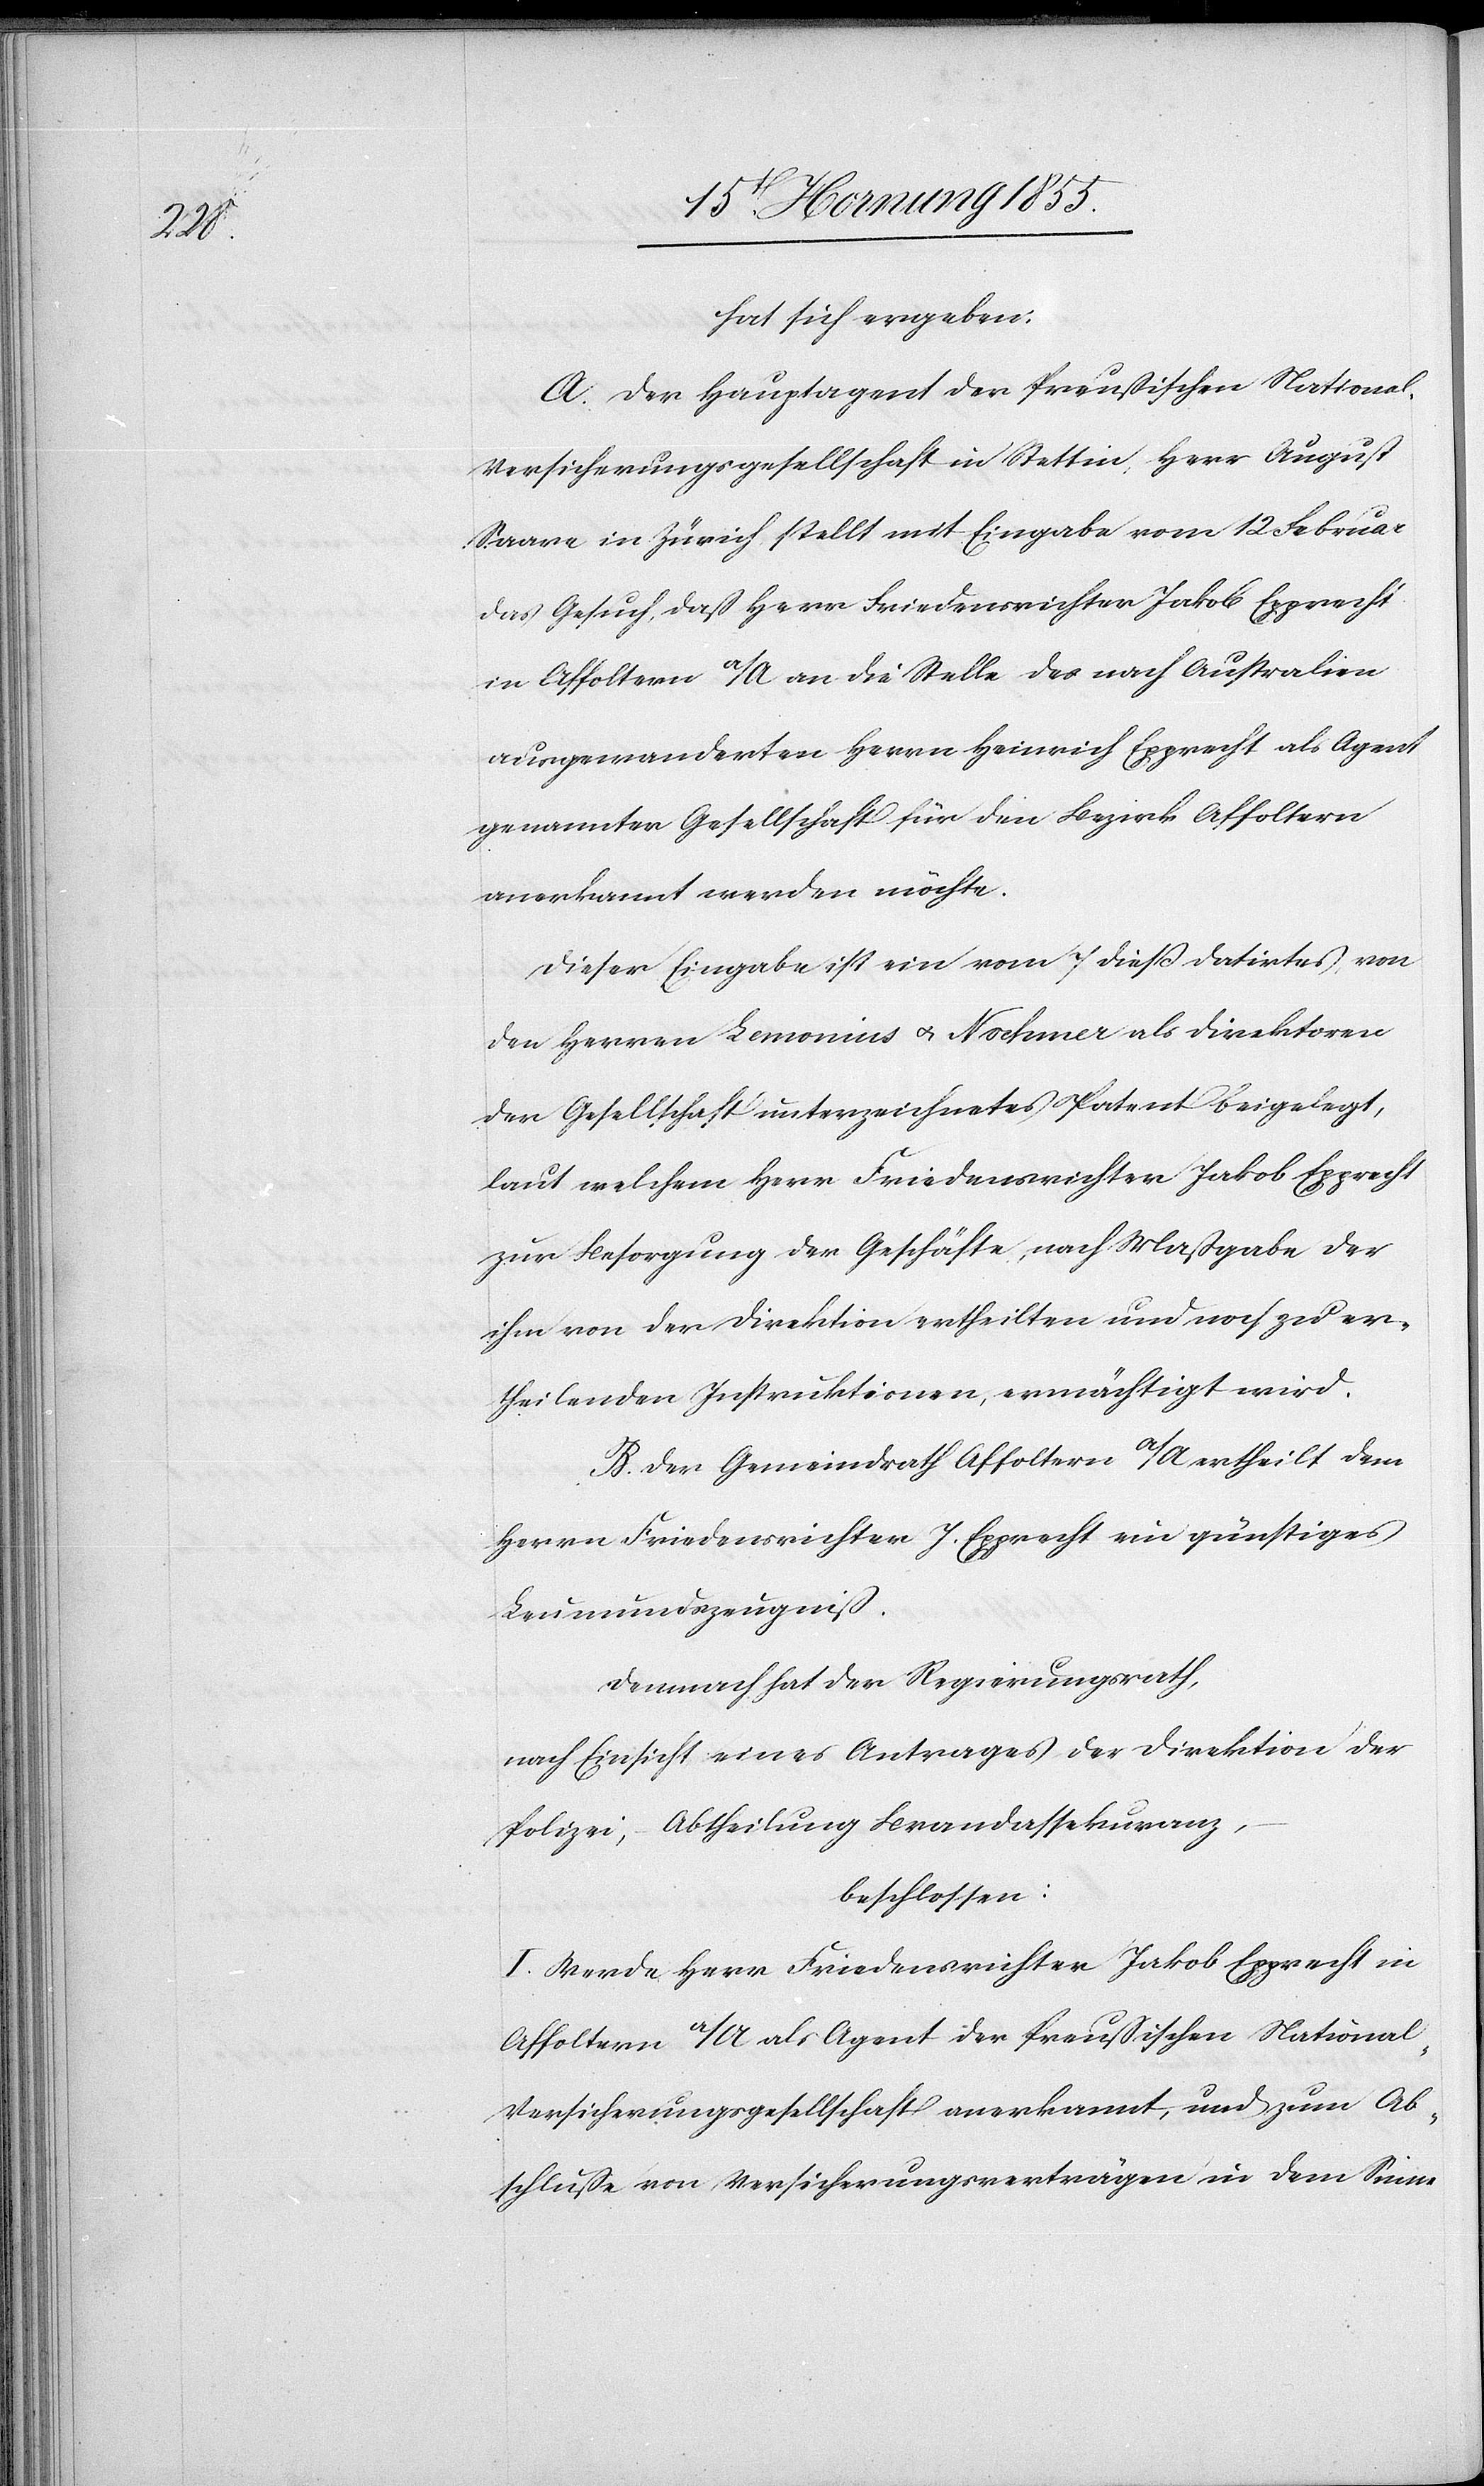
hat sich ergeben:
A. Der Hauptagent der Preussischen National¬
versicherungsgesellschaft in Stettin, Herr August
Saare in Zürich stellt mit Eingabe vom 12 Februar
das Gesuch, dass Herr Friedensrichter Jakob Epprecht
in Affoltern a/A an die Stelle des nach Australien
ausgewanderten Herrn Heinrich Epprecht als Agent
genannter Gesellschaft für den Bezirk Affoltern
anerkannt werden möchte.
Dieser Eingabe ist ein vom 7 dieß datirtes, von
den Herren Lemonius & Noehmer als Direktoren
der Gesellschaft unterzeichnetes Patent beigelegt,
laut welchem Herr Friedensrichter Jakob Epprecht
zur Besorgung der Geschäfte, nach Maßgabe der
ihm von der Direktion ertheilten und noch zu er¬
theilenden Instruktionen, ermächtigt wird.
B. Der Gemeindrath Affoltern a/A ertheilt dem
Herrn Friedensrichter J. Epprecht ein günstiges
Leumundszeugniß.
Demnach hat der Regierungsrath,
nach Einsicht eines Antrages der Direktion der
Polizei, – Abtheilung Brandassekuranz,
beschlossen:
I. Werde Herr Friedensrichter Jakob Epprecht in
Affoltern a/A als Agent der Preussischen National¬
versicherungsgesellschaft anerkannt, und zum Ab¬
schlusse von Versicherungsverträgen in dem Sinne